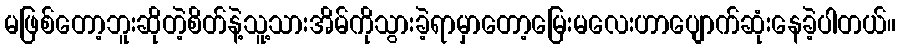
မဖြစ်တော့ဘူးဆိုတဲ့စိတ်နဲ့သူ့သားအိမ်ကိုသွားခဲ့ရာမှာတော့မြေးမလေးဟာပျောက်ဆုံးနေခဲ့ပါတယ်။